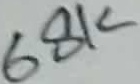
Text: 68K